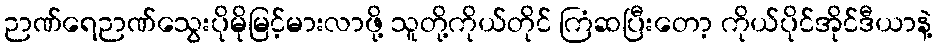
ဉာဏ်ရေဉာဏ်သွေးပိုမိုမြင့်မားလာဖို့ သူတို့ကိုယ်တိုင် ကြံဆပြီးတော့ ကိုယ်ပိုင်အိုင်ဒီယာနဲ့